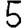
Digit: 5